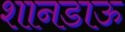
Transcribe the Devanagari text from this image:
शानडाऊ